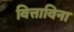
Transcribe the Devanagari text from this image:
वित्ताविना